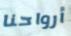
أرواحنا